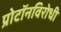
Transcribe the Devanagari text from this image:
प्रोटॉनविरोधी